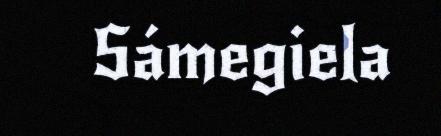
Sámegiela